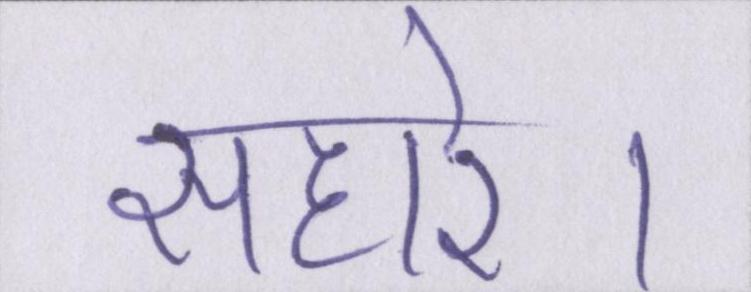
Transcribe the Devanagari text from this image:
सहारे।